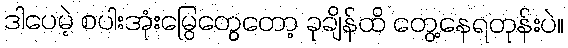
ဒါပေမဲ့ စပါးအုံးမြွေတွေတော့ ခုချိန်ထိ တွေ့နေရတုန်းပဲ။